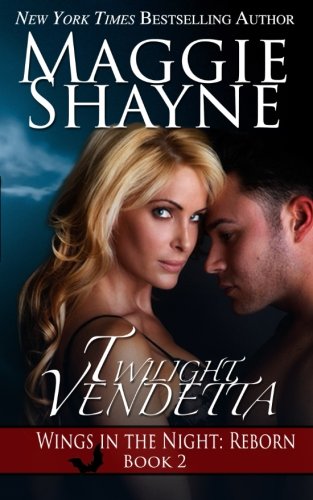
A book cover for Twilight Vendetta (Wings in the Night: Reborn) (Volume 2); Maggie Shayne; Romance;